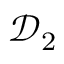
\mathcal { D } _ { 2 }